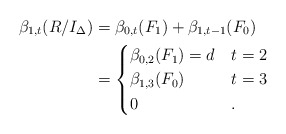
\begin{align*}\beta_{1, t} (R/I_{\Delta}) & = \beta_{0, t} (F_1) + \beta_{1, t-1} (F_0) \\& = \begin{cases}\beta_{0, 2} (F_1) = d & t = 2 \\\beta_{1, 3} (F_0) & t = 3 \\0 & .\end{cases}\end{align*}